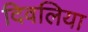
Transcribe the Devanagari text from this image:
दिवलिया